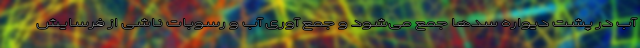
آب در پشت دیواره سدها جمع می‌شود و جمع آوری آب و رسوبات ناشی از فرسایش